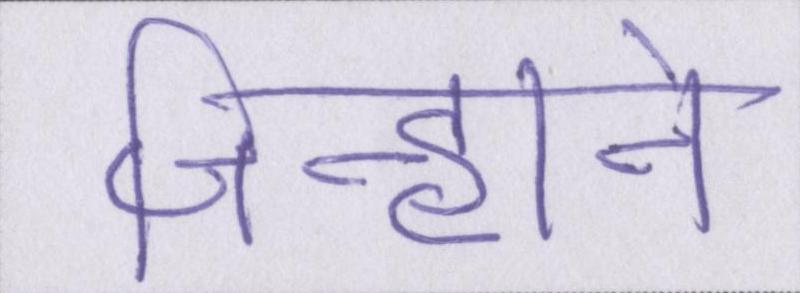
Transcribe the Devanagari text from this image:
जिन्होने